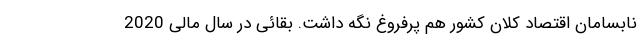
نابسامان اقتصاد کلان کشور هم پرفروغ نگه داشت. بقائی در سال مالی 2020